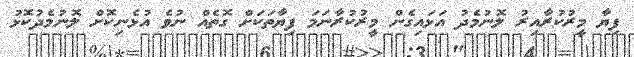
ފިޔާ މީރުކުރާއިރު ލޮނުމެދު އަޅައިގެން މީރުކުރާނަމަ ފިޔާތަކަށް ގޮތެއް ނުވެ އުޅެނިކޮށް ލޮނުމެދުކޮޅު